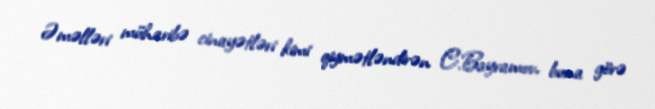
Əməlləri müharibə cinayətləri kimi qiymətləndirən C.Bayramov, buna görə